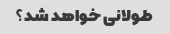
طولانی خواهد شد؟